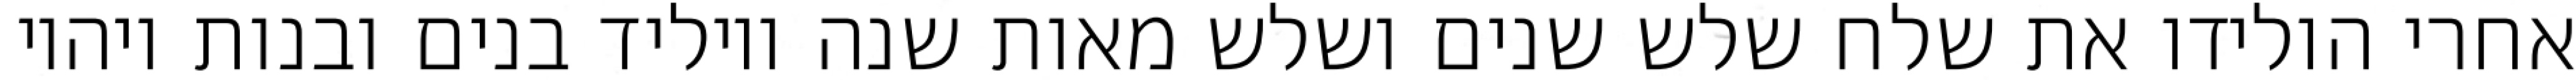
אחרי הולידו את שלח שלש שנים ושלש מאות שנה ויוליד בנים ובנות ויהיו